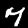
Digit: 7